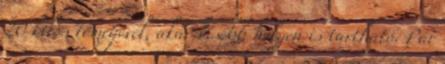
20 kilós tömegével, akár kisebb helyen is tartható. Pár